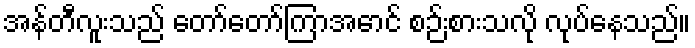
အန်တီလူးသည် တော်တော်ကြာအောင် စဉ်းစားသလို လုပ်နေသည်။